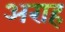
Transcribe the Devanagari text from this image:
अराह